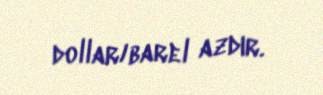
dollar/barel azdır.